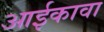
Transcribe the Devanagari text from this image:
आईकावा